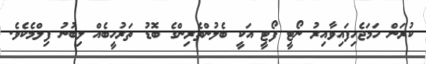
ކުރަން ހަމަޖެހިފައިވާއިރު ނޯޓީ ފޯޓީ އަކީ ބެލުންތެރިންގެ ބޮޑު ތަރުހީބެއް ލިބުނު ފިިލްމެކެވެ.